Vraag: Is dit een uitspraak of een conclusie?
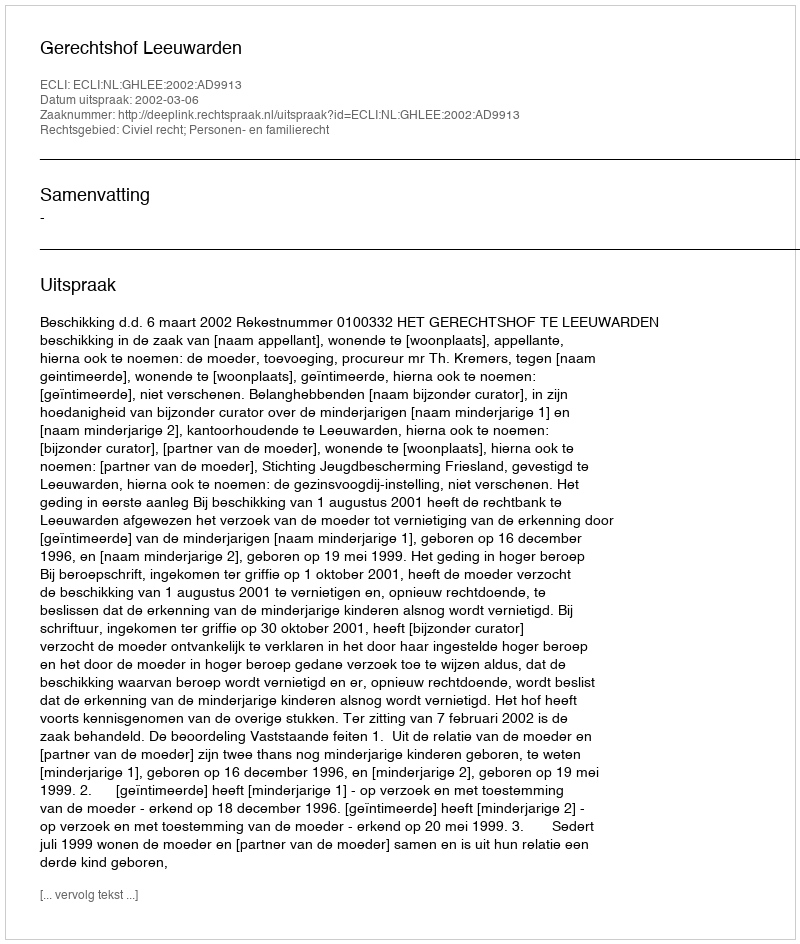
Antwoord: Uitspraak